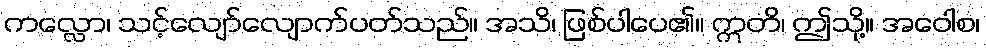
ကလ္လော၊ သင့်လျော်လျောက်ပတ်သည်။ အသိ၊ ဖြစ်ပါပေ၏။ ဣတိ၊ ဤသို့။ အဝေါစ၊